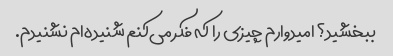
ببخشید؟ امیدوارم چیزی را که فکر می‌کنم شنیده‌ام نشنیدم.